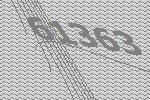
61363